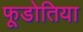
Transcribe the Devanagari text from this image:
फूडोतिया